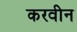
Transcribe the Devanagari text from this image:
करवीन